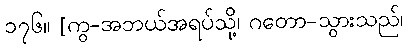
၁၇၆။ [ကွ-အဘယ်အရပ်သို့၊ ဂတော-သွားသည်၊